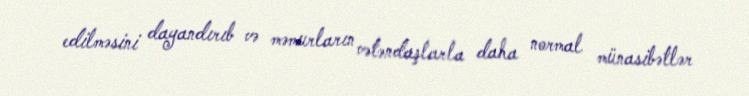
edilməsini dayandırıb və məmurların vətəndaşlarla daha normal münasibətlər